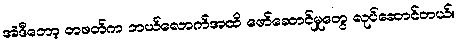
အဲဒီတော့ တဖတ်က ဘယ်လောက်အထိ ဖော်ဆောင်မှုတွေ လုပ်ဆောင်တယ်။